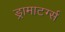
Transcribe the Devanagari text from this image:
ड्रामाटर्ग्स